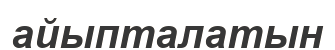
айыпталатын